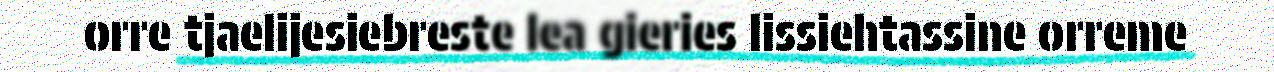
orre tjaelijesiebreste lea gieries lissiehtassine orreme